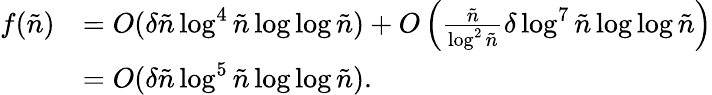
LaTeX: \begin{array}{rl}{f(\tilde{n})}&{=O(\delta\tilde{n}\log^{4}\tilde{n}\log\log\tilde{n})+O\left(\frac{\tilde{n}}{\log^{2}\tilde{n}}\delta\log^{7}\tilde{n}\log\log\tilde{n}\right)}\\ &{=O(\delta\tilde{n}\log^{5}\tilde{n}\log\log\tilde{n}).}\end{array}